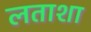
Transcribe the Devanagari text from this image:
लताशा